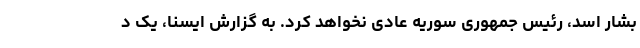
بشار اسد، رئیس جمهوری سوریه عادی نخواهد کرد. به گزارش ایسنا، یک د